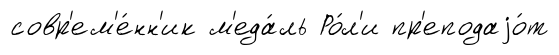
совр'ем'е́нн'ик м'еда́ль Ро́л'и пр'еподаjо́т